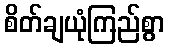
စိတ်ချယုံကြည်စွာ